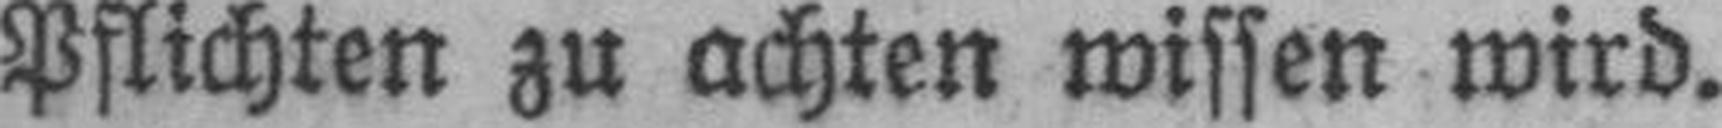
Pflichten zu achten wissen wird.